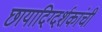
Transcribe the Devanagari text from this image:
छायादिग्दर्शकांची